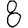
Digit: 8